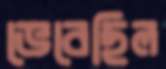
ভেবেছিল